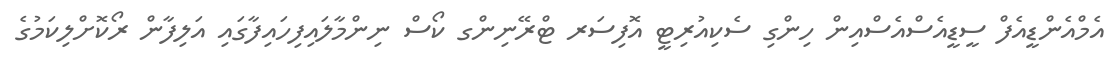
އެމްއެންޑީއެފް ސީޑީއެސްއެސްއިން ހިންގި ސެކިއުރިޓީ އޮފިސަރ ޓްރޭނިންގ ކޯސް ނިންމާލައިފިހައިފާގައި އަލިފާން ރޯކޮށްލިކަމުގެ